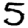
Digit: 5